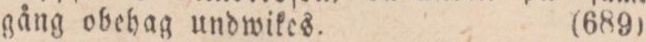
gång obehag undwikes.    (689)